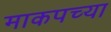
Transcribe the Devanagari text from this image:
माकपच्या